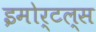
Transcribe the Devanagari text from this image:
इमोर्टल्स